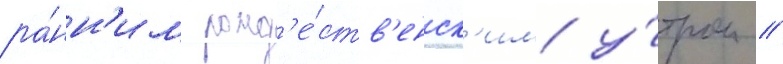
ра́нн'им рожд'е́ств'енск'им у́тром //